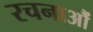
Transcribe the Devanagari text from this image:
रचनाऔं